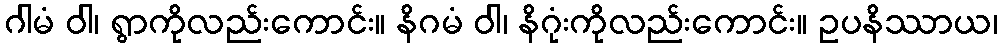
ဂါမံ ဝါ၊ ရွာကိုလည်းကောင်း။ နိဂမံ ဝါ၊ နိဂုံးကိုလည်းကောင်း။ ဥပနိဿာယ၊